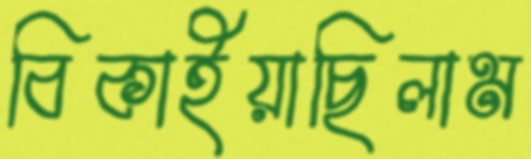
বিকাইয়াছিলাম